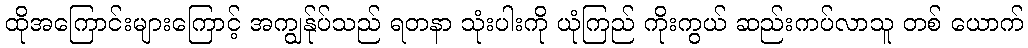
ထိုအကြောင်းများကြောင့် အကျွန်ုပ်သည် ရတနာ သုံးပါးကို ယုံကြည် ကိုးကွယ် ဆည်းကပ်လာသူ တစ် ယောက်